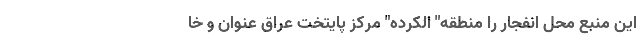
این منبع محل انفجار را منطقه" الکرده" مرکز پایتخت عراق عنوان و خا